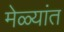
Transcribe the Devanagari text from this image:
मेळ्यांत